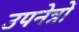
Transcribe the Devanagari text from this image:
उपनेत्रों